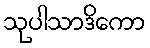
သုပါသာဒိကော